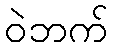
ဝဲဘက်